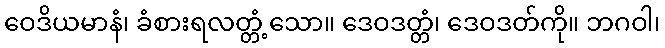
ဝေဒိယမာနံ၊ ခံစားရလတ္တံ့သော။ ဒေဝဒတ္တံ၊ ဒေဝဒတ်ကို။ ဘဂဝါ၊